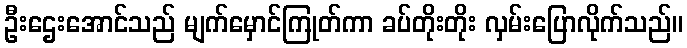
ဦးဌေးအောင်သည် မျက်မှောင်ကြုတ်ကာ ခပ်တိုးတိုး လှမ်းပြောလိုက်သည်။